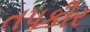
તપકીર